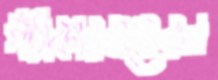
পাঁঠাকারবারেরল